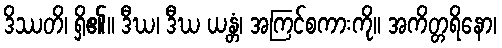
ဒိဿတိ၊ ရှိ၏။ ဒီဃ၊ ဒီဃ ယန္တံ၊ အကြင်စကားကို။ အကိတ္တရိနော၊